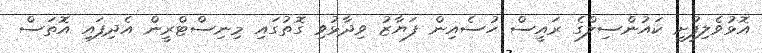
އޮޅުވެލިފުށީ ކައުންސިލްގެ ރައީސް ހުސެއިން ފަޔާޒު ވިދާޅުވި ގޮތުގައި މިނިސްޓްރީން އެދިފައި އޮތަސް